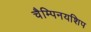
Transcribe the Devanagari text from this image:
चैम्पिनयशिप